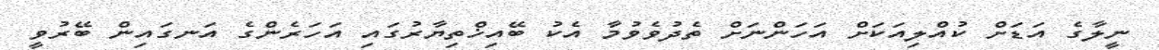
ނީލާގެ އަޑަށް ކުއްލިއަކަށް އަހަންނަށް ތެދުވެވުމާ އެކު ބޭއިޚްތިޔާރުގައި އަހަރެންގެ އަނގައިން ބޭރުވީ